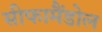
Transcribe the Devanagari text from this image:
सीफामैंडोल